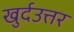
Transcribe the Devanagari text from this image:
खुर्दउत्तर